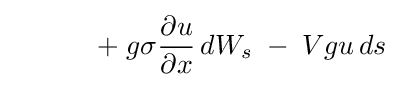
\qquad \quad +\;g\sigma {\frac {\partial u}{\partial x}}\,dW_{s}\;-\;Vgu\,ds